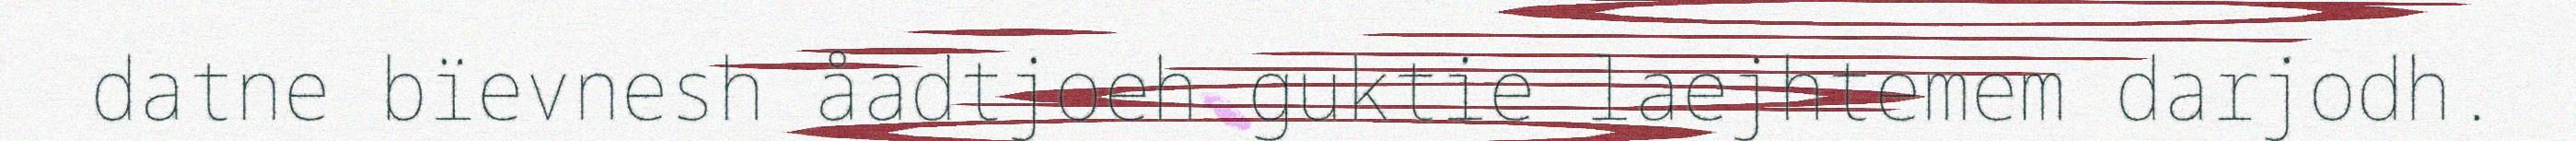
datne bïevnesh åadtjoeh guktie laejhtemem darjodh.